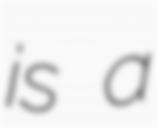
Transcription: is a